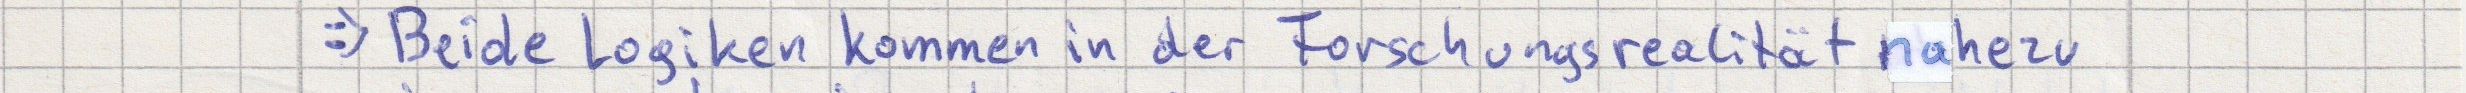
=> Beide Logiken kommen in der Forschungsrealität nahezu